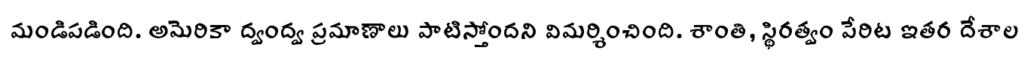
మండిపడింది. అమెరికా ద్వంద్వ ప్రమాణాలు పాటిస్తోందని విమర్శించింది. శాంతి, స్థిరత్వం పేరిట ఇతర దేశాల